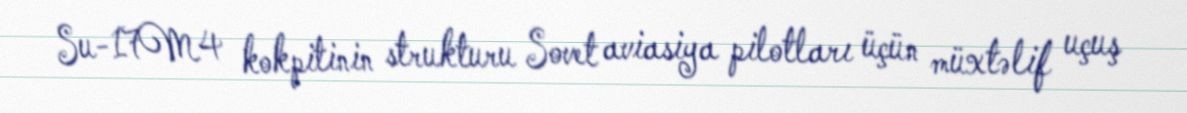
Su-17M4 kokpitinin strukturu Sovet aviasiya pilotları üçün müxtəlif uçuş